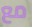
مع